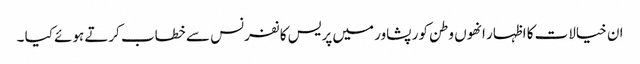
ان خیالات کا اظہار انھوں وطن کور پشاور میں پریس کا نفرنس سے خطاب کرتے ہوئے کیا ۔